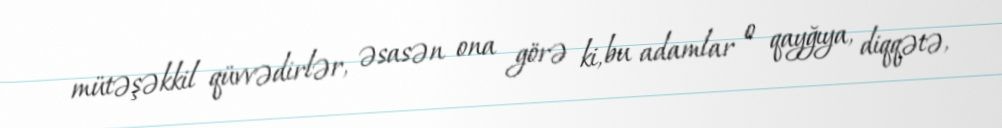
mütəşəkkil qüvvədirlər, əsasən ona görə ki, bu adamlar o qayğıya, diqqətə,